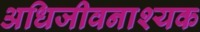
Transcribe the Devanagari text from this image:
अधिजीवनाश्यक